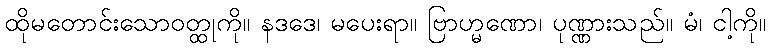
ထိုမတောင်းသောဝတ္ထုကို။ နဒဒေ၊ မပေးရာ။ ဗြာဟ္မဏော၊ ပုဏ္ဏားသည်။ မံ၊ ငါ့ကို။